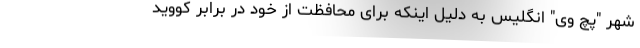
شهر "پچ وی" انگلیس به دلیل اینکه برای محافظت از خود در برابر کووید